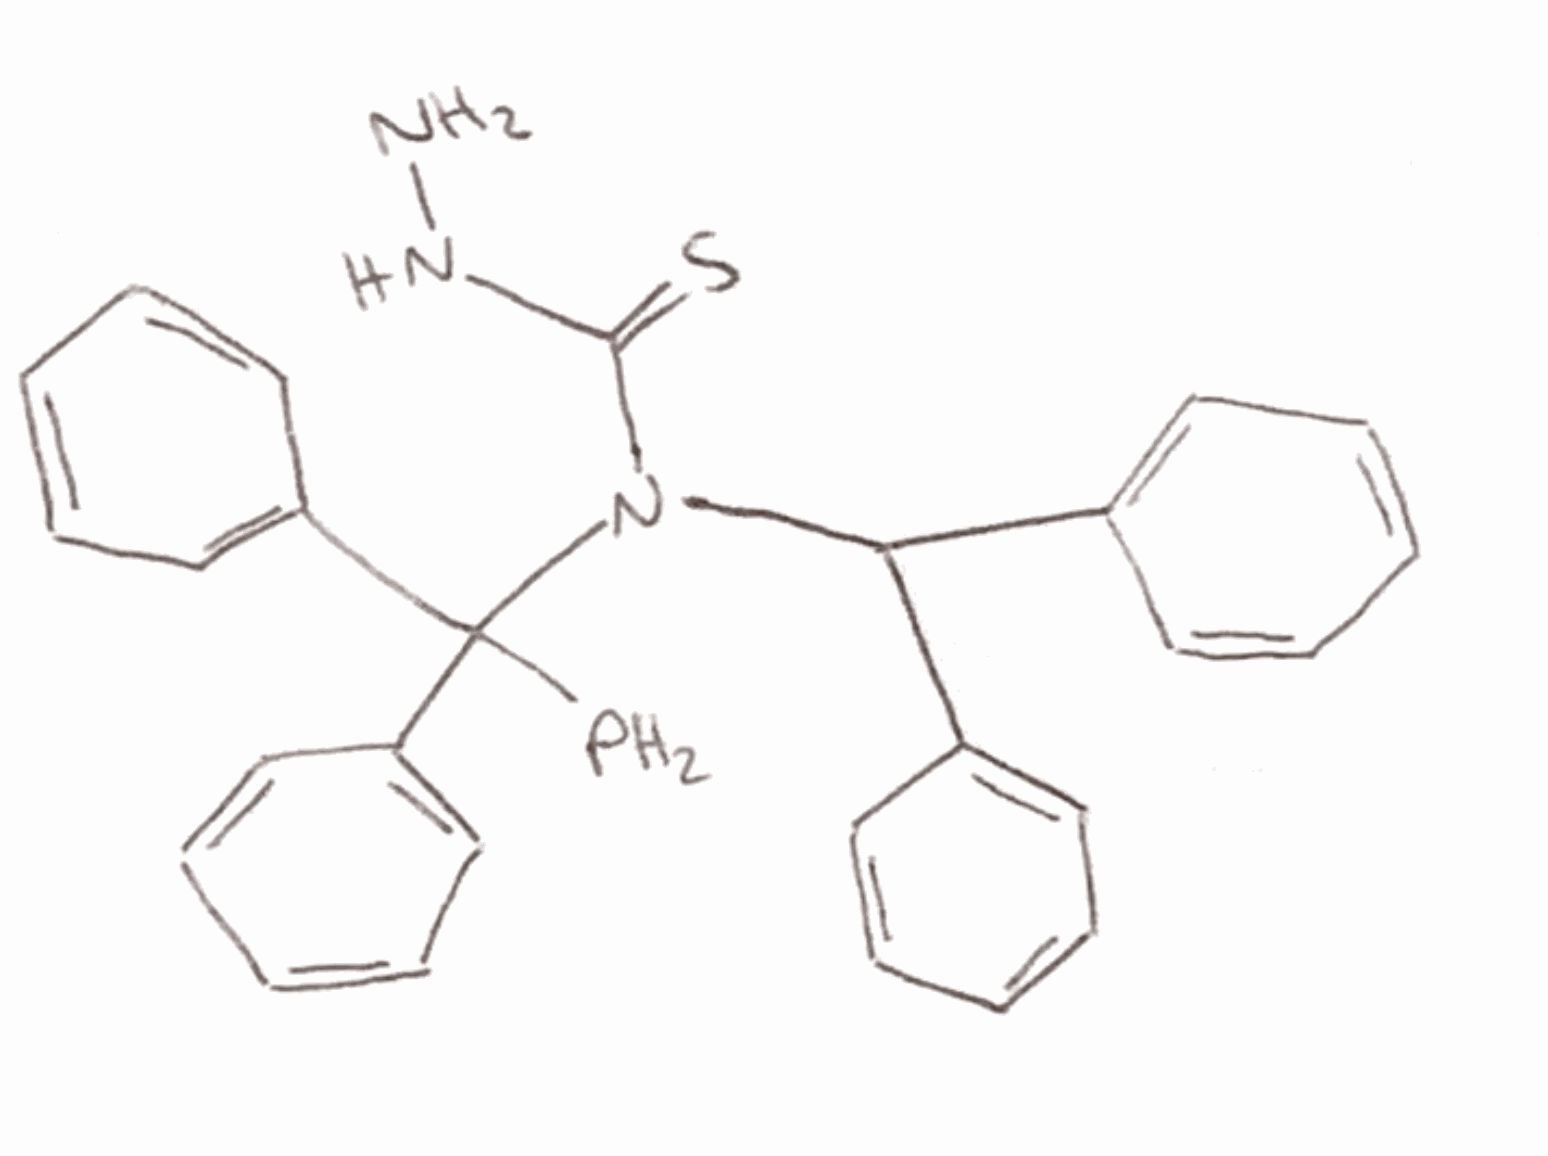
Simplified molecular-input line-entry system (SMILES) notation of the given molecule:
C1=CC=C(C=C1)C(C2=CC=CC=C2)(N(C(=S)NN)C(C3=CC=CC=C3)(C4=CC=CC=C4)P)P